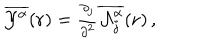
LaTeX: \overline { { { { \cal Y } ^ { \alpha } } } } ( { \bf r } ) = { \textstyle \frac { \partial _ { j } } { \partial ^ { 2 } } \overline { { { { \cal A } _ { j } ^ { \alpha } } } } ( { \bf r } ) } \, ,